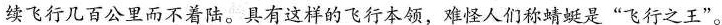
续飞行几百公里而不着陆。具有这样的飞行本领，难怪人们称蜻蜓是”飞行之王”。